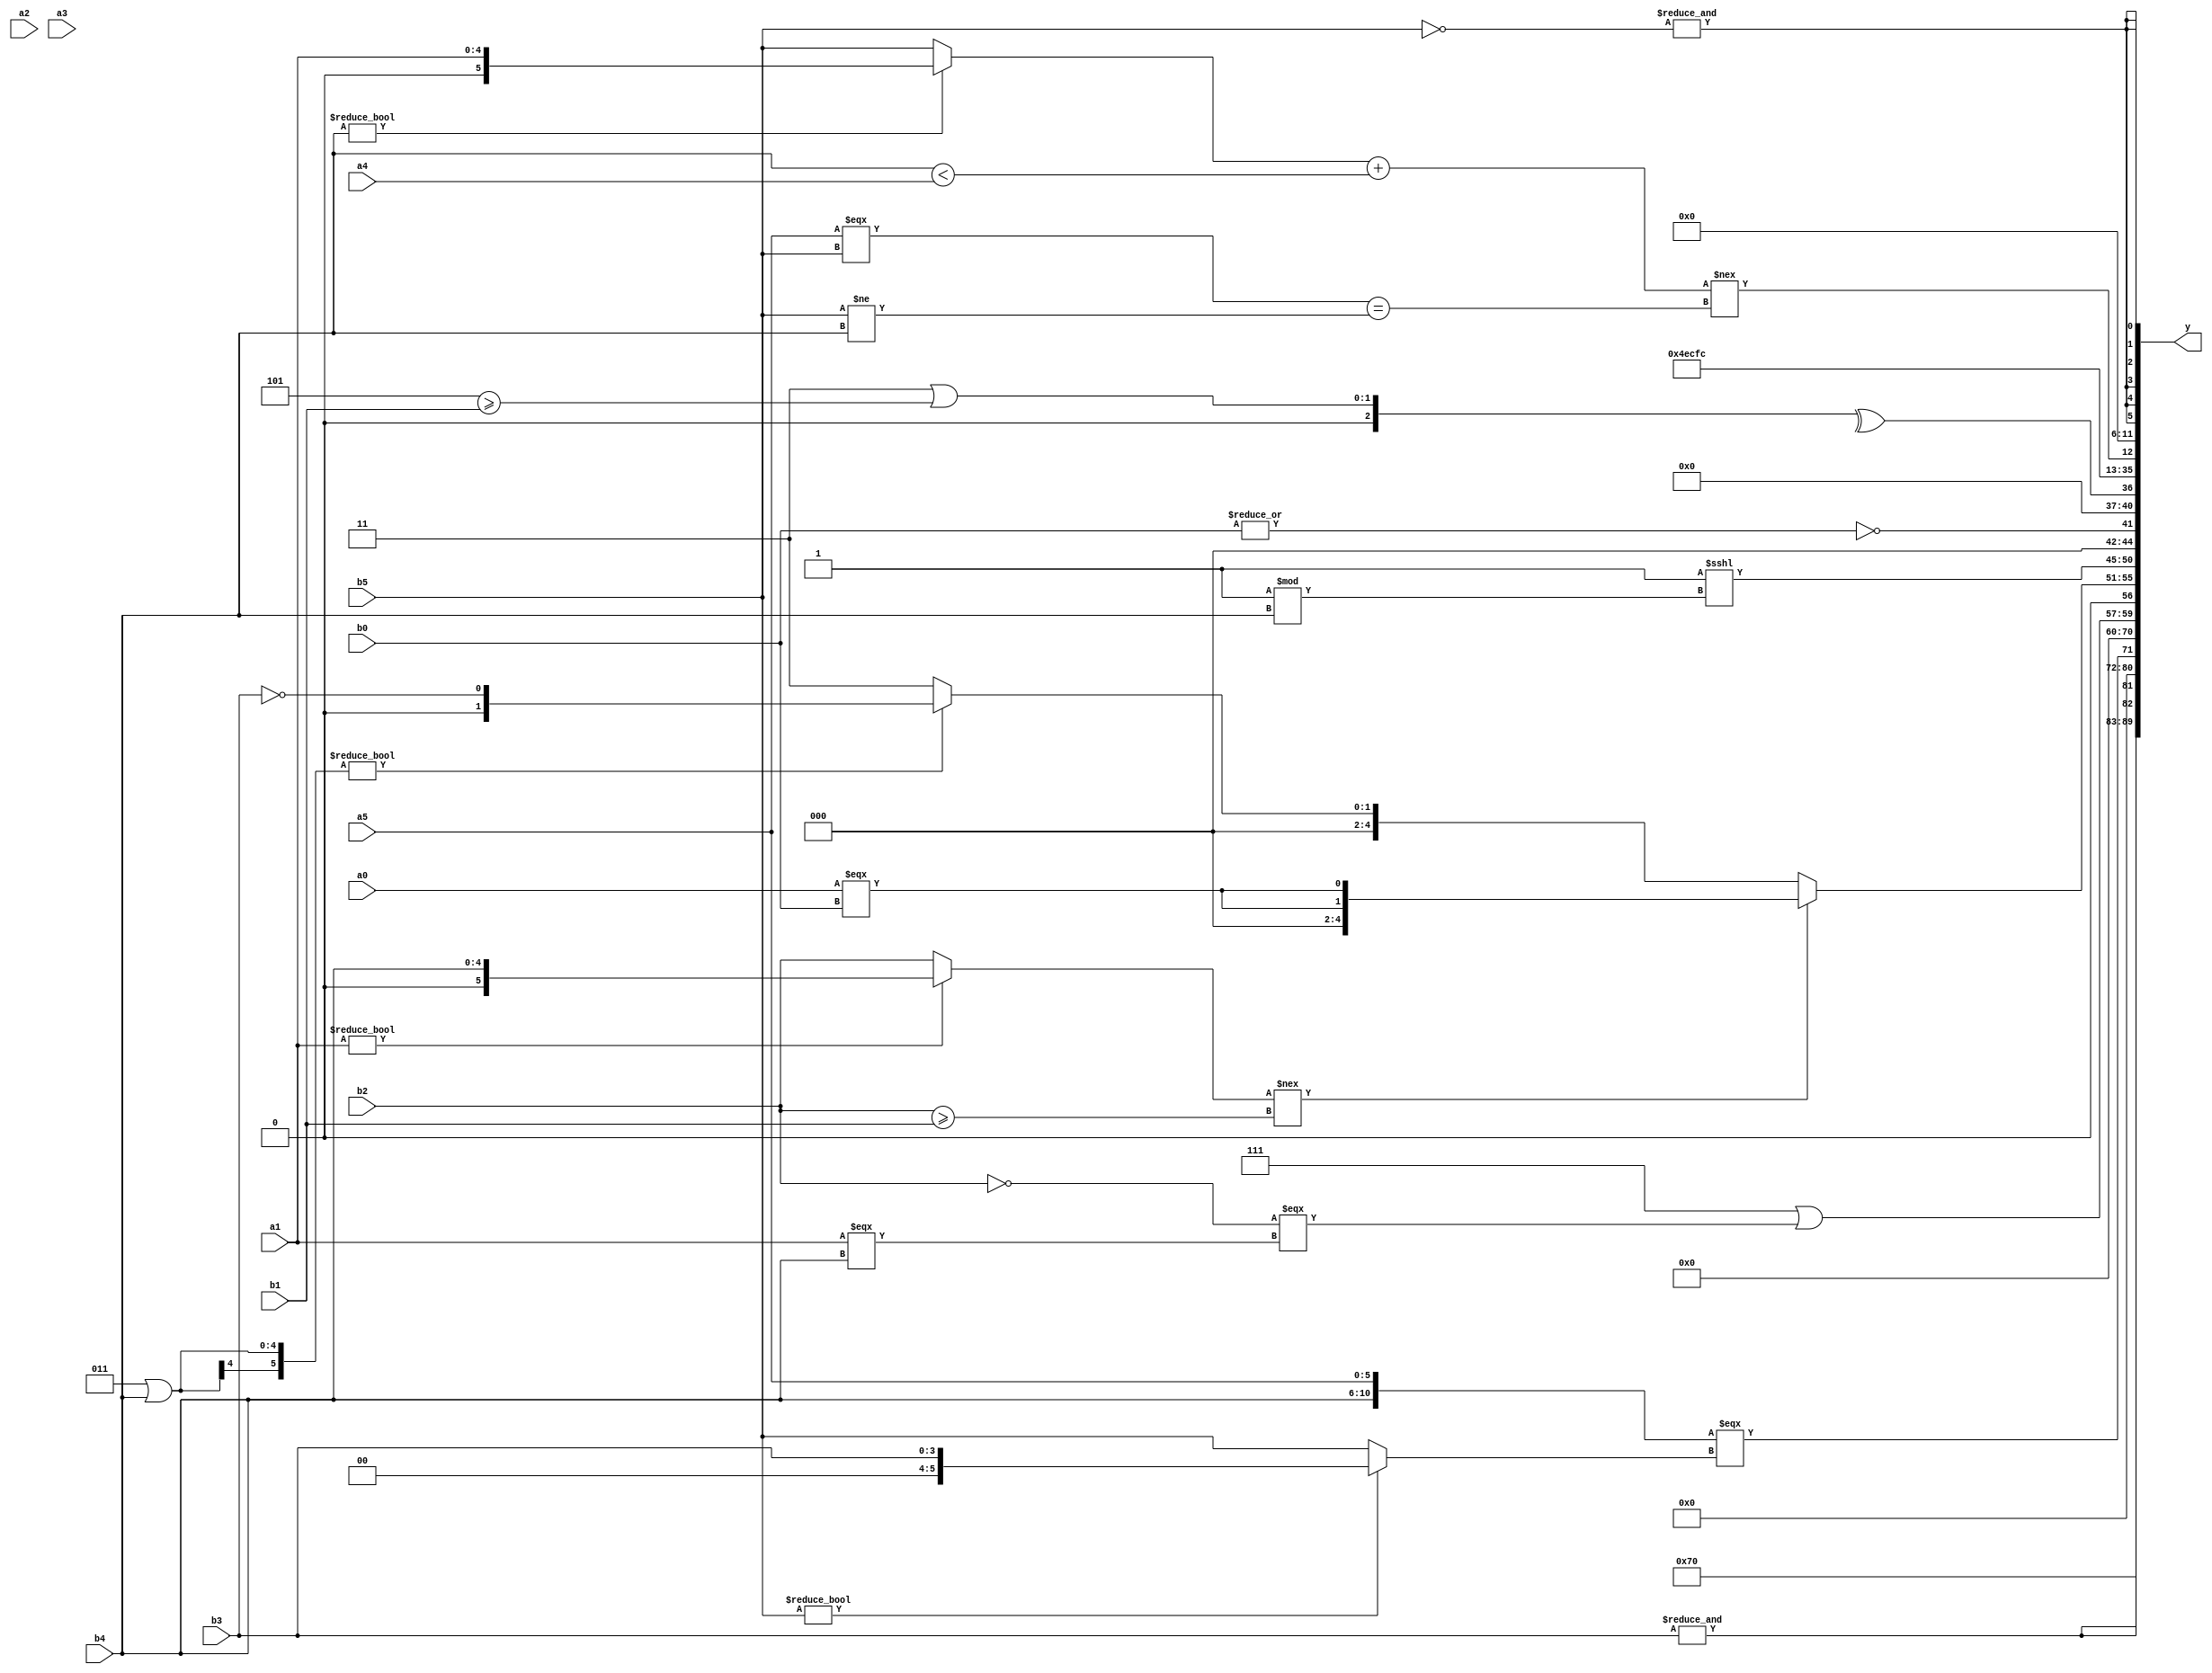
module expression_00362(a0, a1, a2, a3, a4, a5, b0, b1, b2, b3, b4, b5, y);
  input [3:0] a0;
  input [4:0] a1;
  input [5:0] a2;
  input signed [3:0] a3;
  input signed [4:0] a4;
  input signed [5:0] a5;

  input [3:0] b0;
  input [4:0] b1;
  input [5:0] b2;
  input signed [3:0] b3;
  input signed [4:0] b4;
  input signed [5:0] b5;

  wire [3:0] y0;
  wire [4:0] y1;
  wire [5:0] y2;
  wire signed [3:0] y3;
  wire signed [4:0] y4;
  wire signed [5:0] y5;
  wire [3:0] y6;
  wire [4:0] y7;
  wire [5:0] y8;
  wire signed [3:0] y9;
  wire signed [4:0] y10;
  wire signed [5:0] y11;
  wire [3:0] y12;
  wire [4:0] y13;
  wire [5:0] y14;
  wire signed [3:0] y15;
  wire signed [4:0] y16;
  wire signed [5:0] y17;

  output [89:0] y;
  assign y = {y0,y1,y2,y3,y4,y5,y6,y7,y8,y9,y10,y11,y12,y13,y14,y15,y16,y17};

  localparam [3:0] p0 = ((((4'd9)?(-2'sd0):(4'sd4))<(-((5'd8)|(4'd15))))&((&((3'sd1)|(4'sd0)))<((5'd31)?(3'sd3):(2'sd1))));
  localparam [4:0] p1 = {(-5'sd5),(3'sd0),(4'd0)};
  localparam [5:0] p2 = (!((5'd13)?(5'd22):(2'd1)));
  localparam signed [3:0] p3 = (4'd2);
  localparam signed [4:0] p4 = (({(4'd7),(2'd0),(2'd3)}==((4'd13)>>>(4'sd2)))?(((5'd20)^(-3'sd2))>>>(5'sd3)):{((5'd5)?(5'd25):(4'd13))});
  localparam signed [5:0] p5 = ((4'd5)?(4'sd3):(2'sd0));
  localparam [3:0] p6 = {2{((2'd2)^~(2'd0))}};
  localparam [4:0] p7 = (+(((2'd0)?(3'd5):(-5'sd6))?(~(4'd9)):(+(4'd13))));
  localparam [5:0] p8 = (&(!(4'sd0)));
  localparam signed [3:0] p9 = (^((4'd8)?(-4'sd7):(-2'sd0)));
  localparam signed [4:0] p10 = (((-3'sd0)?{4{(2'd0)}}:(-5'sd9))?{1{((5'sd14)?(4'd10):(4'd2))}}:{3{(5'sd11)}});
  localparam signed [5:0] p11 = (+({(5'd23),(+(4'd9))}?((+(4'd0))+((2'sd1)?(2'd3):(-4'sd2))):((4'd13)?(4'sd1):(5'd23))));
  localparam [3:0] p12 = (2'sd0);
  localparam [4:0] p13 = {(3'sd2),(5'sd3)};
  localparam [5:0] p14 = {2{(((4'sd5)!=(-3'sd3))+((3'sd1)<(2'd1)))}};
  localparam signed [3:0] p15 = {((!{((4'd13)>=(2'sd1))})?{((5'd20)>(3'd7)),{(3'd4),(5'sd15)}}:{((-4'sd0)!=(-4'sd2)),((4'sd2)|(-5'sd3))})};
  localparam signed [4:0] p16 = ((5'sd4)?(2'd2):(4'd15));
  localparam signed [5:0] p17 = ({1{{3{(5'sd2)}}}}?((-2'sd1)?(3'd3):(2'd0)):((2'd1)?(5'd18):(4'd10)));

  assign y0 = (5'd30);
  assign y1 = {2{(&$signed(b3))}};
  assign y2 = (&((+(3'sd1))%p0));
  assign y3 = ({b4,a5}===(b5?b3:b5));
  assign y4 = ((3'd0)*(5'sd14));
  assign y5 = {1{(~^$unsigned((((p13?p17:b4)?{p1,p0,p14}:$unsigned({b5})))))}};
  assign y6 = {(($unsigned(p15)|(p11))|((!b2)===(a1===b4))),(+(~^((p1<<p3)<=$signed({4{p6}}))))};
  assign y7 = ((~^((a1?b4:b2)!==(b2>=b1)))?((p5|b4)?(b3==p2):{2{p13}}):{2{(a0===b0)}});
  assign y8 = ((|((p16^~p8)>(p16*p10)))<<<((p12||p11)%b4));
  assign y9 = (~|$unsigned({4{$signed(b0)}}));
  assign y10 = (^{1{{1{(^((3'sd3)|(p6>=b1)))}}}});
  assign y11 = (~(-3'sd3));
  assign y12 = (4'd7);
  assign y13 = (5'sd12);
  assign y14 = (-5'sd1);
  assign y15 = ((((b4?a1:b5)+(b4<a4))!==((a5===b5)==(b5!=b4)))<<(~|((4'd6)?(p1/p5):(p15!=p1))));
  assign y16 = (&$unsigned($signed(((2'd0)&$unsigned((p3>>>p4))))));
  assign y17 = $signed((!(~^(&(~b5)))));
endmodule